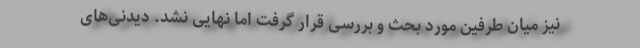
نیز میان طرفین مورد بحث و بررسی قرار گرفت اما نهایی نشد. دیدنی‌های